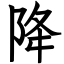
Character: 降